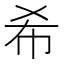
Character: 希